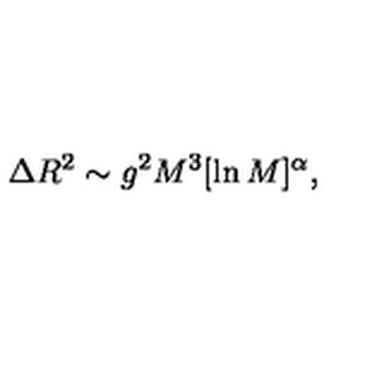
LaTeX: \Delta R ^ { 2 } \sim g ^ { 2 } M ^ { 3 } [ \ln M ] ^ { \alpha } ,